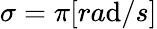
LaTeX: \sigma=\pi[ra\mathrm{d}/s]